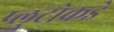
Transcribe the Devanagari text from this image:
प्लुटोकडे